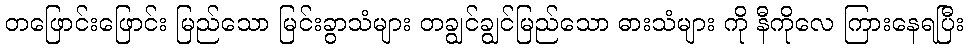
တဖြောင်းဖြောင်း မြည်သော မြင်းခွာသံများ တချွင်ချွင်မြည်သော ဓားသံများ ကို နီကိုလေ ကြားနေရပြီး